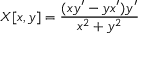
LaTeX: X [ x , y ] = { \frac { ( x y ^ { \prime } - y x ^ { \prime } ) y ^ { \prime } } { x ^ { 2 } + y ^ { 2 } } }